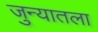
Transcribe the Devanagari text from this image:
जुन्यातला